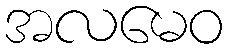
အလမေဝ